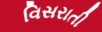
વિસરાતી